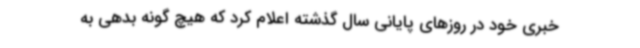
خبری خود در روزهای پایانی سال گذشته اعلام کرد که هیچ گونه بدهی به